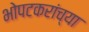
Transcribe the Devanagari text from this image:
भोपटकरांच्या